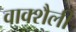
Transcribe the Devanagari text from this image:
वाक्शैली